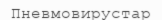
Пневмовирустар